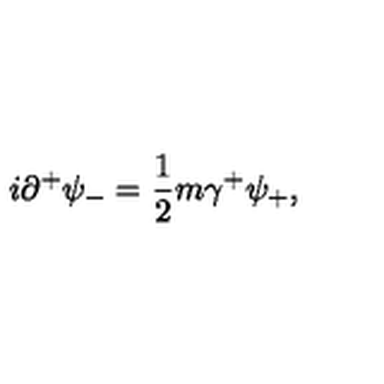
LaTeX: i { \partial } ^ { + } { \psi } _ { - } = \frac { 1 } { 2 } m { \gamma } ^ { + } { \psi } _ { + } ,